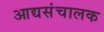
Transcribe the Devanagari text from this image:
आद्यसंचालक